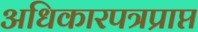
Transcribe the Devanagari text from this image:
अधिकारपत्रप्राप्त